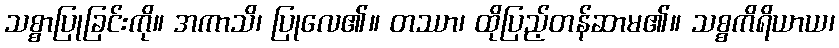
သစ္စာပြုခြင်းကို။ အကာသိ၊ ပြုလေ၏။ တဿာ၊ ထိုပြည့်တန်ဆာမ၏။ သစ္စကိရိယာယ၊